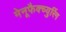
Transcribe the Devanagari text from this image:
मेनूफैक्च्युरिंग